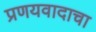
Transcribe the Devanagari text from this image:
प्रणयवादाचा